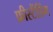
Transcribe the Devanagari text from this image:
फ्रीस्टैंडिंग